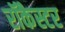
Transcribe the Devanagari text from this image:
रॉकैस्टर